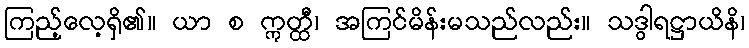
ကြည့်လေ့ရှိ၏။ ယာ စ ဣတ္ထီ၊ အကြင်မိန်းမသည်လည်း။ သဒွါရဋ္ဌာယိနိ၊